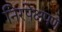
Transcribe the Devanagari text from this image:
निरपेक्षपणे